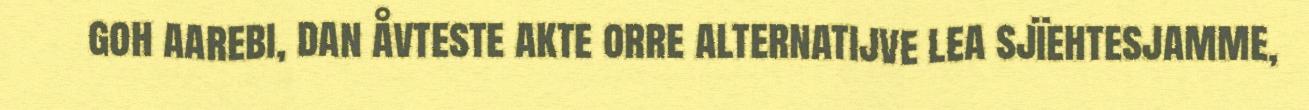
goh aarebi, dan åvteste akte orre alternatijve lea sjïehtesjamme,